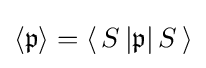
\left\langle {\mathfrak {p}}\right\rangle =\left\langle \,S\,|{\mathfrak {p}}|\,S\,\right\rangle